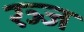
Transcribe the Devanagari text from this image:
रञ्ज